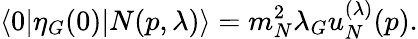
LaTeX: \langle 0|{\eta}_{G}(0)|N(p,{\lambda})\rangle=m_{N}^{2}{\lambda}_{G}u_{N}^{({\lambda})}(p).